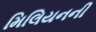
મિલિયનની